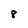
Character: 8